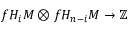
f H _ { i } M \otimes f H _ { n - i } M \to \mathbb { Z }